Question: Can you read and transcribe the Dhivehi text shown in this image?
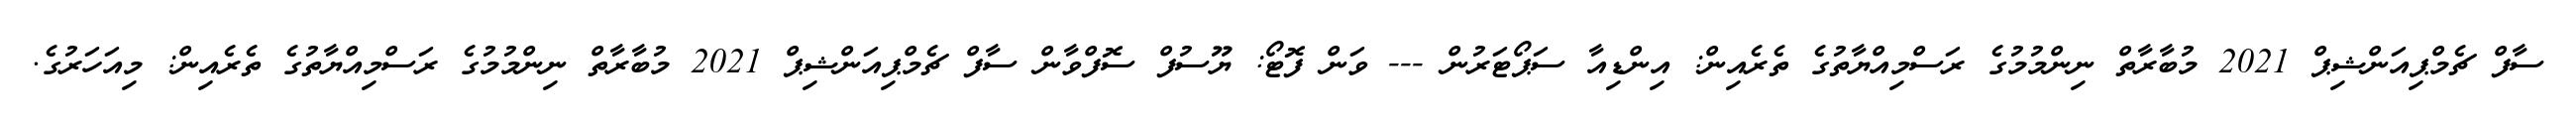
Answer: ސާފް ޗެމްޕިއަންޝިޕް 2021 މުބާރާތް ނިންމުމުގެ ރަސްމިއްޔާތުގެ ތެރެއިން: އިންޑިއާ ސަޕޯޓަރުން --- ވަން ފޮޓޯ: ޔޫސުފް ސޮފްވާން ސާފް ޗެމްޕިއަންޝިޕް 2021 މުބާރާތް ނިންމުމުގެ ރަސްމިއްޔާތުގެ ތެރެއިން: މިއަހަރުގެ.